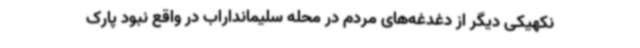
نکهیکی دیگر از دغدغه‌های مردم در محله سلیمانداراب در واقع نبود پارک